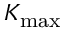
K _ { \mathrm { m a x } }